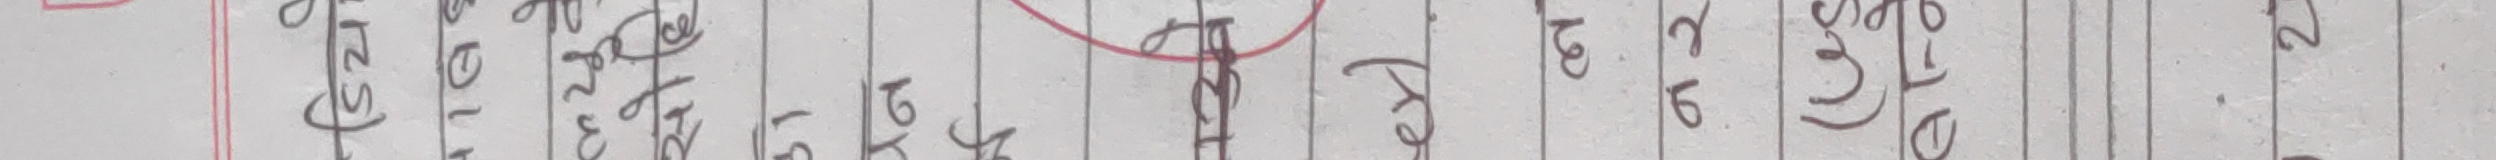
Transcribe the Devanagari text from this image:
भन्ने